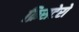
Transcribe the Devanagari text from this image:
क्रिसटेरो